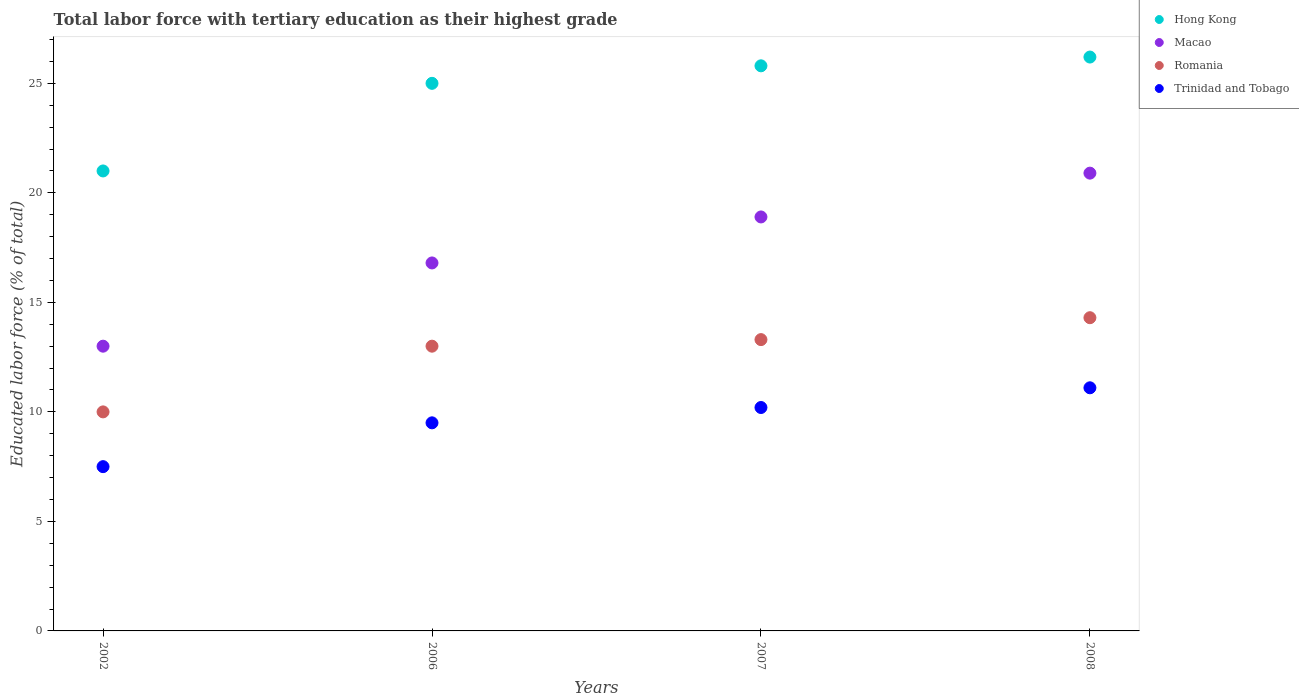
| Years | Hong Kong | Macao | Romania | Trinidad and Tobago |
 | --- | --- | --- | --- | --- |
 | 2002 | 21 | 13 | 10 | 7.5 |
 | 2006 | 25 | 16.8 | 13 | 9.5 |
 | 2007 | 25.8 | 18.9 | 13.3 | 10.2 |
 | 2008 | 26.2 | 20.9 | 14.3 | 11.1 |